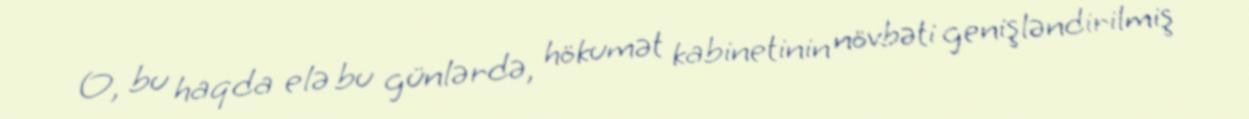
O, bu haqda elə bu günlərdə, hökumət kabinetinin növbəti genişləndirilmiş